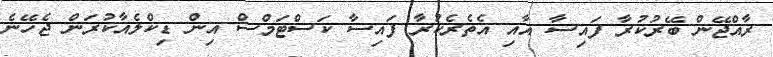
ރާއްޖޭން ބޭރުކުރާ ފައިސާ އާއި އެތެރެކުރާ ފައިސާ ކަސްޓަމްސް އިން ޑިކްލެއާކުރަން ޖެހޭނެ